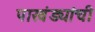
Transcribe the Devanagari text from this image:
पाखंड्यांची